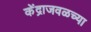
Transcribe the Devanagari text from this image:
केंद्राजवळच्या